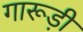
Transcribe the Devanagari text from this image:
गारूड़ी